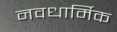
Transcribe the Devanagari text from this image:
नवधार्मिक